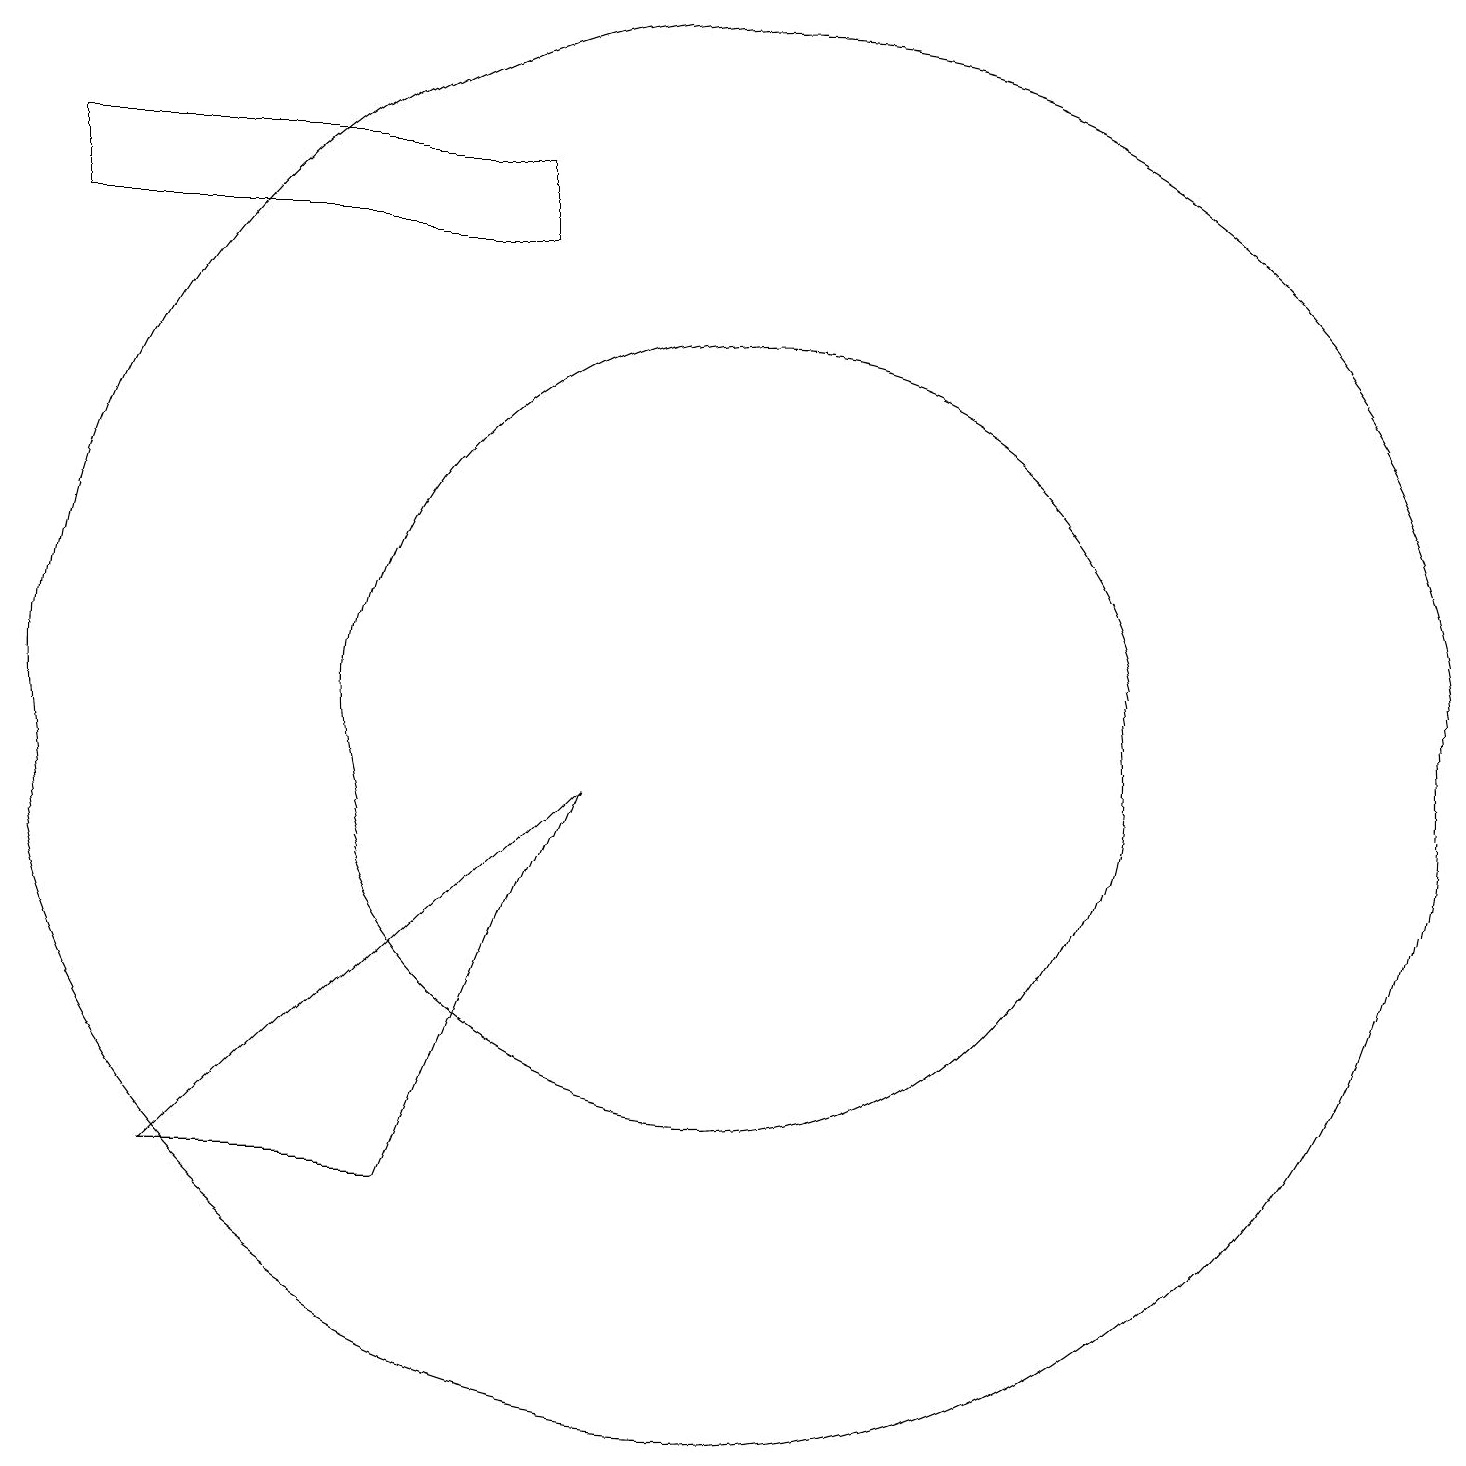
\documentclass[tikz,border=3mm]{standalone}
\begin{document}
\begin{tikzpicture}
\draw (10,10) circle (9);
\draw (7,16) rectangle (1,17);
\draw (3,4) -- (8,9) -- (6,4) -- cycle;
\draw (10,10) circle (5);
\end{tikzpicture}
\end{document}